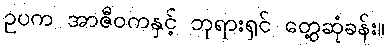
ဥပက အာဇီဝကနှင့် ဘုရားရှင် တွေ့ဆုံခန်း။